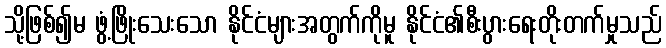
သို့ဖြစ်၍မ ဖွံ့ဖြိုးသေးသော နိုင်ငံများအတွက်ကိုမူ နိုင်ငံ၏စီးပွားရေးတိုးတက်မှုသည်